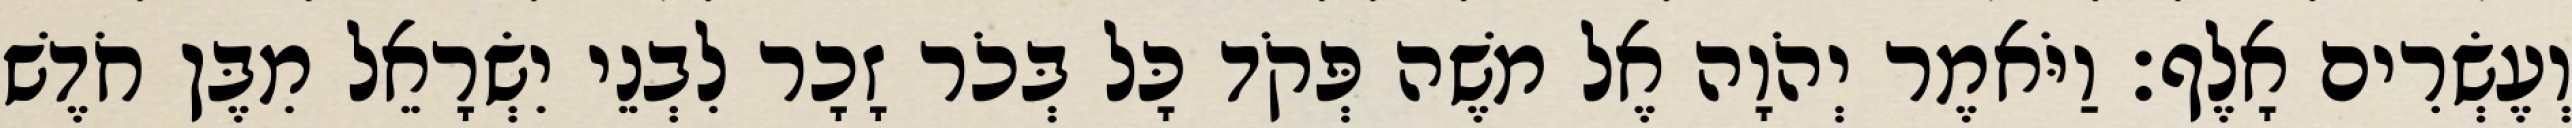
וְעֶשְׂרִים אָלֶף׃ וַיֹּאמֶר יְהֹוָה אֶל משֶׁה פְּקֹד כָּל בְּכֹר זָכָר לִבְנֵי יִשְׂרָאֵל מִבֶּן חֹדֶשׁ